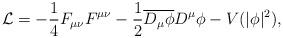
LaTeX: \begin{align*}\mathcal{L} = - \frac{1}{4} F_{\mu\nu} F^{\mu\nu} - \frac{1}{2} \overline {D_\mu \phi} D^\mu \phi - V(|\phi|^2),\end{align*}